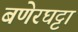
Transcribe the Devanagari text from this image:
बणेरघट्टा